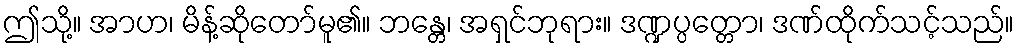
ဤသို့။ အာဟ၊ မိန့်ဆိုတော်မူ၏။ ဘန္တေ၊ အရှင်ဘုရား။ ဒဏ္ဍပ္ပတ္တော၊ ဒဏ်ထိုက်သင့်သည်။